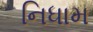
નિધામ